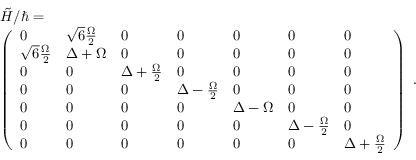
\begin{array} { r l } & { \tilde { H } / \hbar = } \\ & { \left( \begin{array} { l l l l l l l } { 0 } & { \sqrt { 6 } \frac { \Omega } { 2 } } & { 0 } & { 0 } & { 0 } & { 0 } & { 0 } \\ { \sqrt { 6 } \frac { \Omega } { 2 } } & { \Delta + \Omega } & { 0 } & { 0 } & { 0 } & { 0 } & { 0 } \\ { 0 } & { 0 } & { \Delta + \frac { \Omega } { 2 } } & { 0 } & { 0 } & { 0 } & { 0 } \\ { 0 } & { 0 } & { 0 } & { \Delta - \frac { \Omega } { 2 } } & { 0 } & { 0 } & { 0 } \\ { 0 } & { 0 } & { 0 } & { 0 } & { \Delta - \Omega } & { 0 } & { 0 } \\ { 0 } & { 0 } & { 0 } & { 0 } & { 0 } & { \Delta - \frac { \Omega } { 2 } } & { 0 } \\ { 0 } & { 0 } & { 0 } & { 0 } & { 0 } & { 0 } & { \Delta + \frac { \Omega } { 2 } } \end{array} \right) } \end{array} .